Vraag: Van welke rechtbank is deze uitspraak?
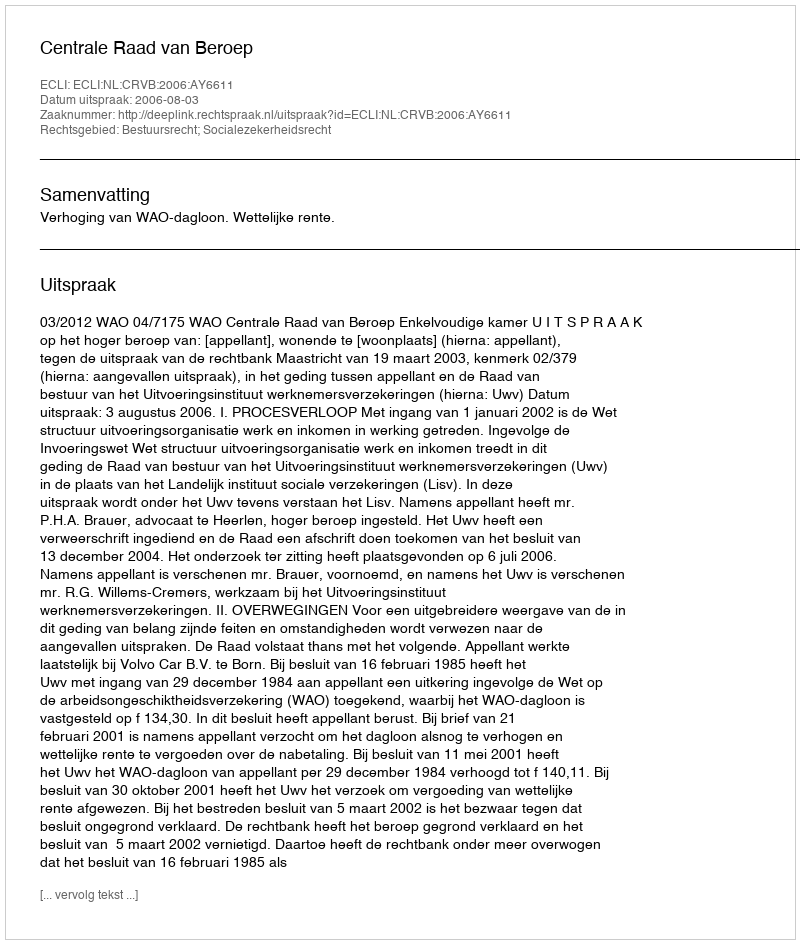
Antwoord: Centrale Raad van Beroep